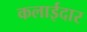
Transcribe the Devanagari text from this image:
कलाईदार